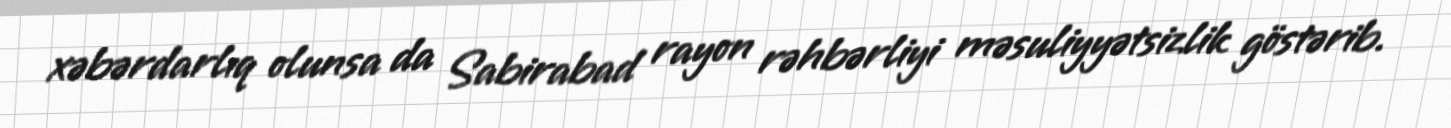
xəbərdarlıq olunsa da Sabirabad rayon rəhbərliyi məsuliyyətsizlik göstərib.